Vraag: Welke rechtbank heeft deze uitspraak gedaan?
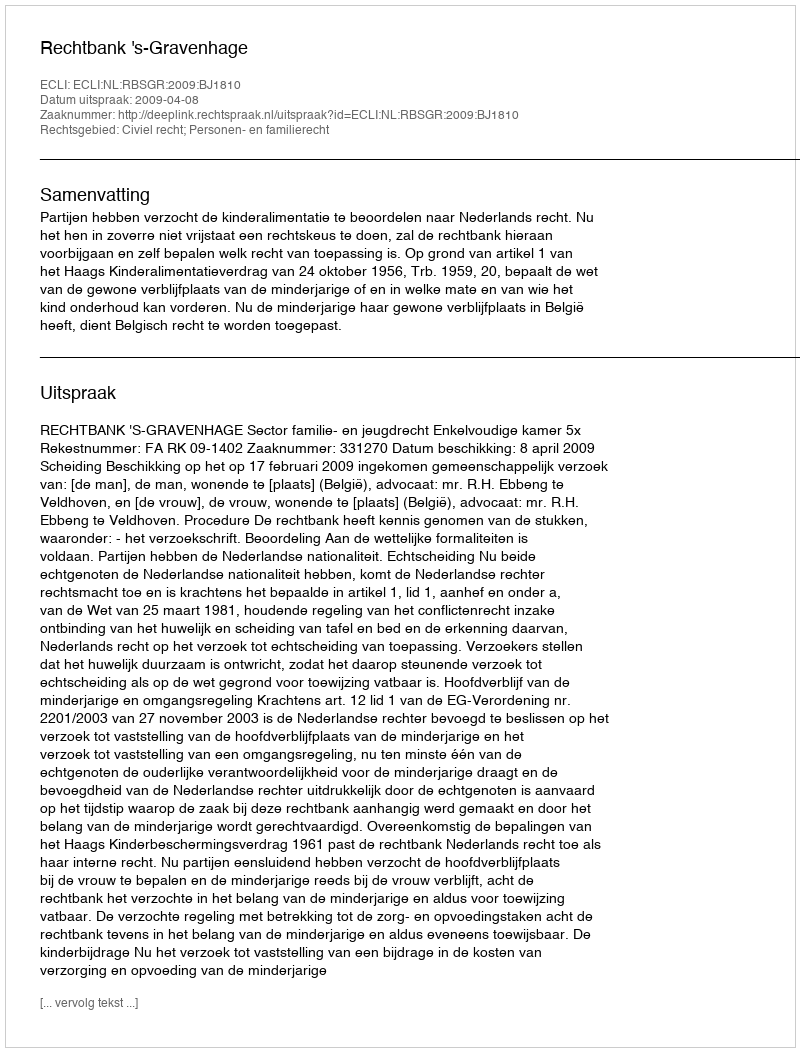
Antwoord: Rechtbank 's-Gravenhage